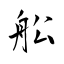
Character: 舩